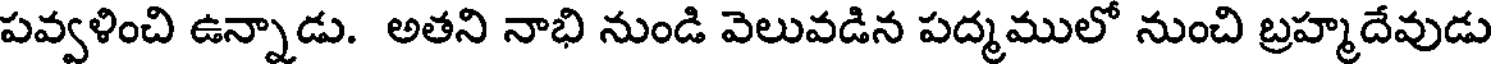
పవ్వళించి ఉన్నాడు. అతని నాభి నుండి వెలువడిన పద్మములో నుంచి బ్రహ్మదేవుడు